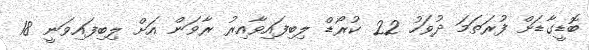
ބޮޑީގާޑަށް ފުރަތަމަ ދުވަހު 22 ކުރޯޑް ލިބިފައިވާއިރު ރާވަން އަށް ލިބިފައިވަނީ 18